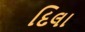
દિલા